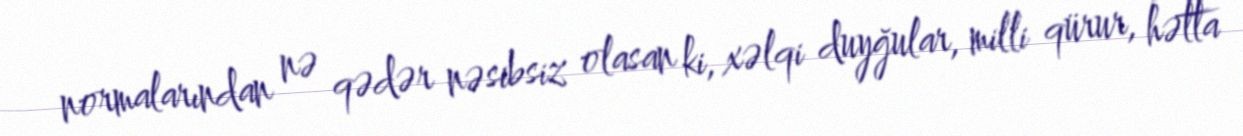
normalarından nə qədər nəsibsiz olasan ki, xəlqi duyğular, milli qürur, hətta